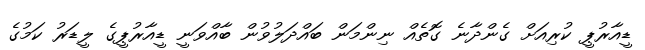
ޑީއާރުޕީ ކުރިއަށް ގެންދާނެ ގޮތެއް ނިންމަން ބައްދަލުވުން ބާއްވަނީ ޑީއާރުޕީގެ ލީޑަރު ކަމުގެ